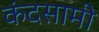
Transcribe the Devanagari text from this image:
कंदसामी